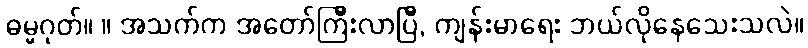
ဓမ္မဂုတ်။ ။ အသက်က အတော်ကြီးလာပြီ, ကျန်းမာရေး ဘယ်လိုနေသေးသလဲ။